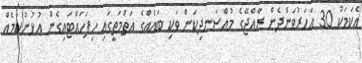
އެކަމަކު 30 އަހަރުވަންދެން ރާއްޖޭގެ މުއްސަނދިކަން ވަކި ބައެއްގެ އަތްމަތީގައި ހިފަހައްޓައިގެން އުޅުނުކަމެއް